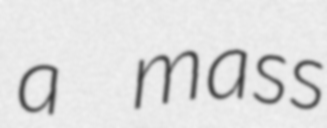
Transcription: a mass